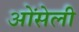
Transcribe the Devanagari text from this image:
ओंसेली